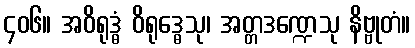
၄၀၆။ အဝိရုဒ္ဓံ ဝိရုဒ္ဓေသု၊ အတ္တဒဏ္ဍေသု နိဗ္ဗုတံ။